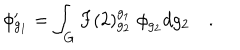
LaTeX: \phi _ { g _ { 1 } } ^ { \prime } = \int _ { G } F ( 2 ) _ { g _ { 2 } } ^ { g _ { 1 } } \; \phi _ { g _ { 2 } } d g _ { 2 } \quad .